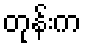
တုန်းက